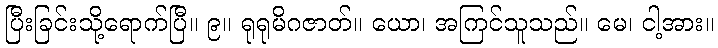
ပြီးခြင်းသို့ရောက်ပြီ။ ၉။ ရုရုမိဂဇာတ်။ ယော၊ အကြင်သူသည်။ မေ၊ ငါ့အား။